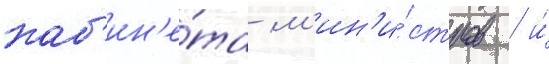
каб'ин'е́та м'ин'и́стров / и́